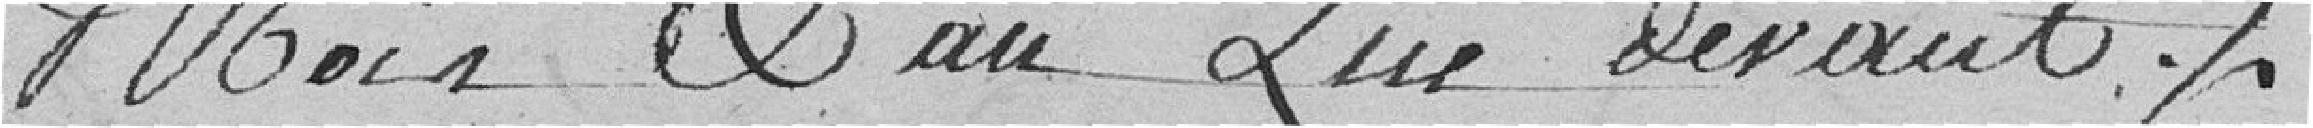
mois et an que devant.